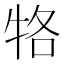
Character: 𤙑